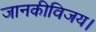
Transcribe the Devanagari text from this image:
जानकीविजय।